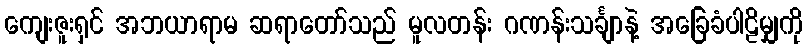
ကျေးဇူးရှင် အဘယာရာမ ဆရာတော်သည် မူလတန်း ဂဏန်းသင်္ချာနဲ့ အခြေခံပါဠိမျှကို